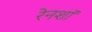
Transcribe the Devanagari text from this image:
रेनशॉ